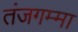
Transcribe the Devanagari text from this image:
तंजगम्मा